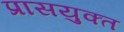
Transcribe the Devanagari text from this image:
प्रासयुक्त